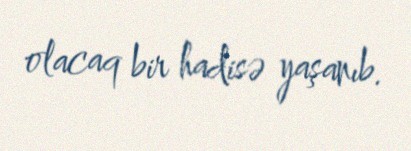
olacaq bir hadisə yaşanıb.